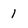
Character: 1